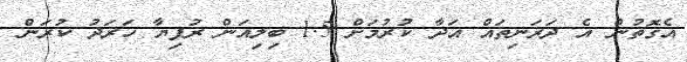
އެގޮތުން އެ ދަރަނިތައް އަދާ ކުރުމަށް 1.5 ބިލިއަން ރުފިޔާ ހަރަދު ކުރަން